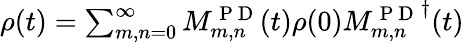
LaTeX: \begin{array}{r}{\rho(t)=\sum_{m,n=0}^{\infty}M_{m,n}^{\mathrm{~P~D~}}(t)\rho(0){M_{m,n}^{\mathrm{~P~D~}}}^{\dagger}(t)}\end{array}